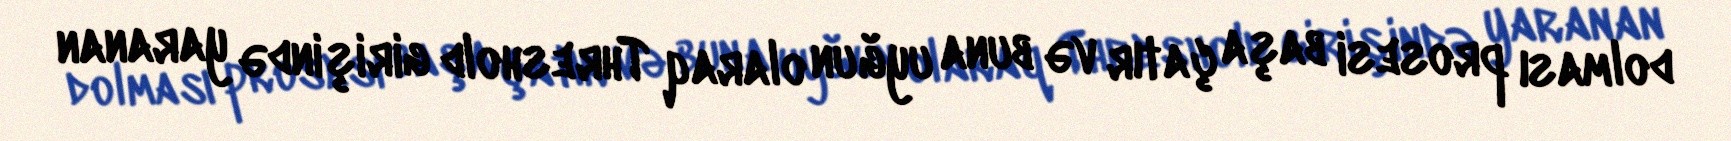
dolması prosesi başa çatır və buna uyğun olaraq Threshold girişində yaranan